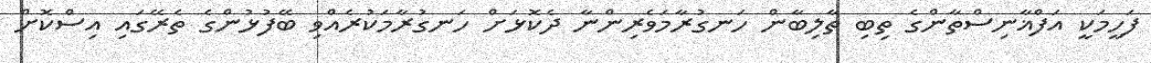
ފަހީމަކީ އަފްޣާނިސްތާންގެ ތިބި ތާލިބާން ހަނގުރާމަވެރިންނާ ދެކޮޅަށް ހަނގުރާމަކުރެއްވި ބޭފުޅުންގެ ތެރޭގައި އިސްކޮށް